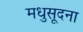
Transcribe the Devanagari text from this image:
मधुसूदना